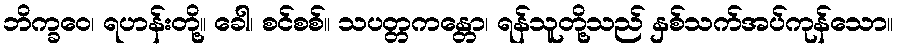
ဘိက္ခဝေ၊ ရဟန်းတို့။ ခေါ၊ စင်စစ်။ သပတ္တကန္တော၊ ရန်သူတို့သည် နှစ်သက်အပ်ကုန်သော။